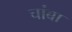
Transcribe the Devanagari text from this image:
चांबा